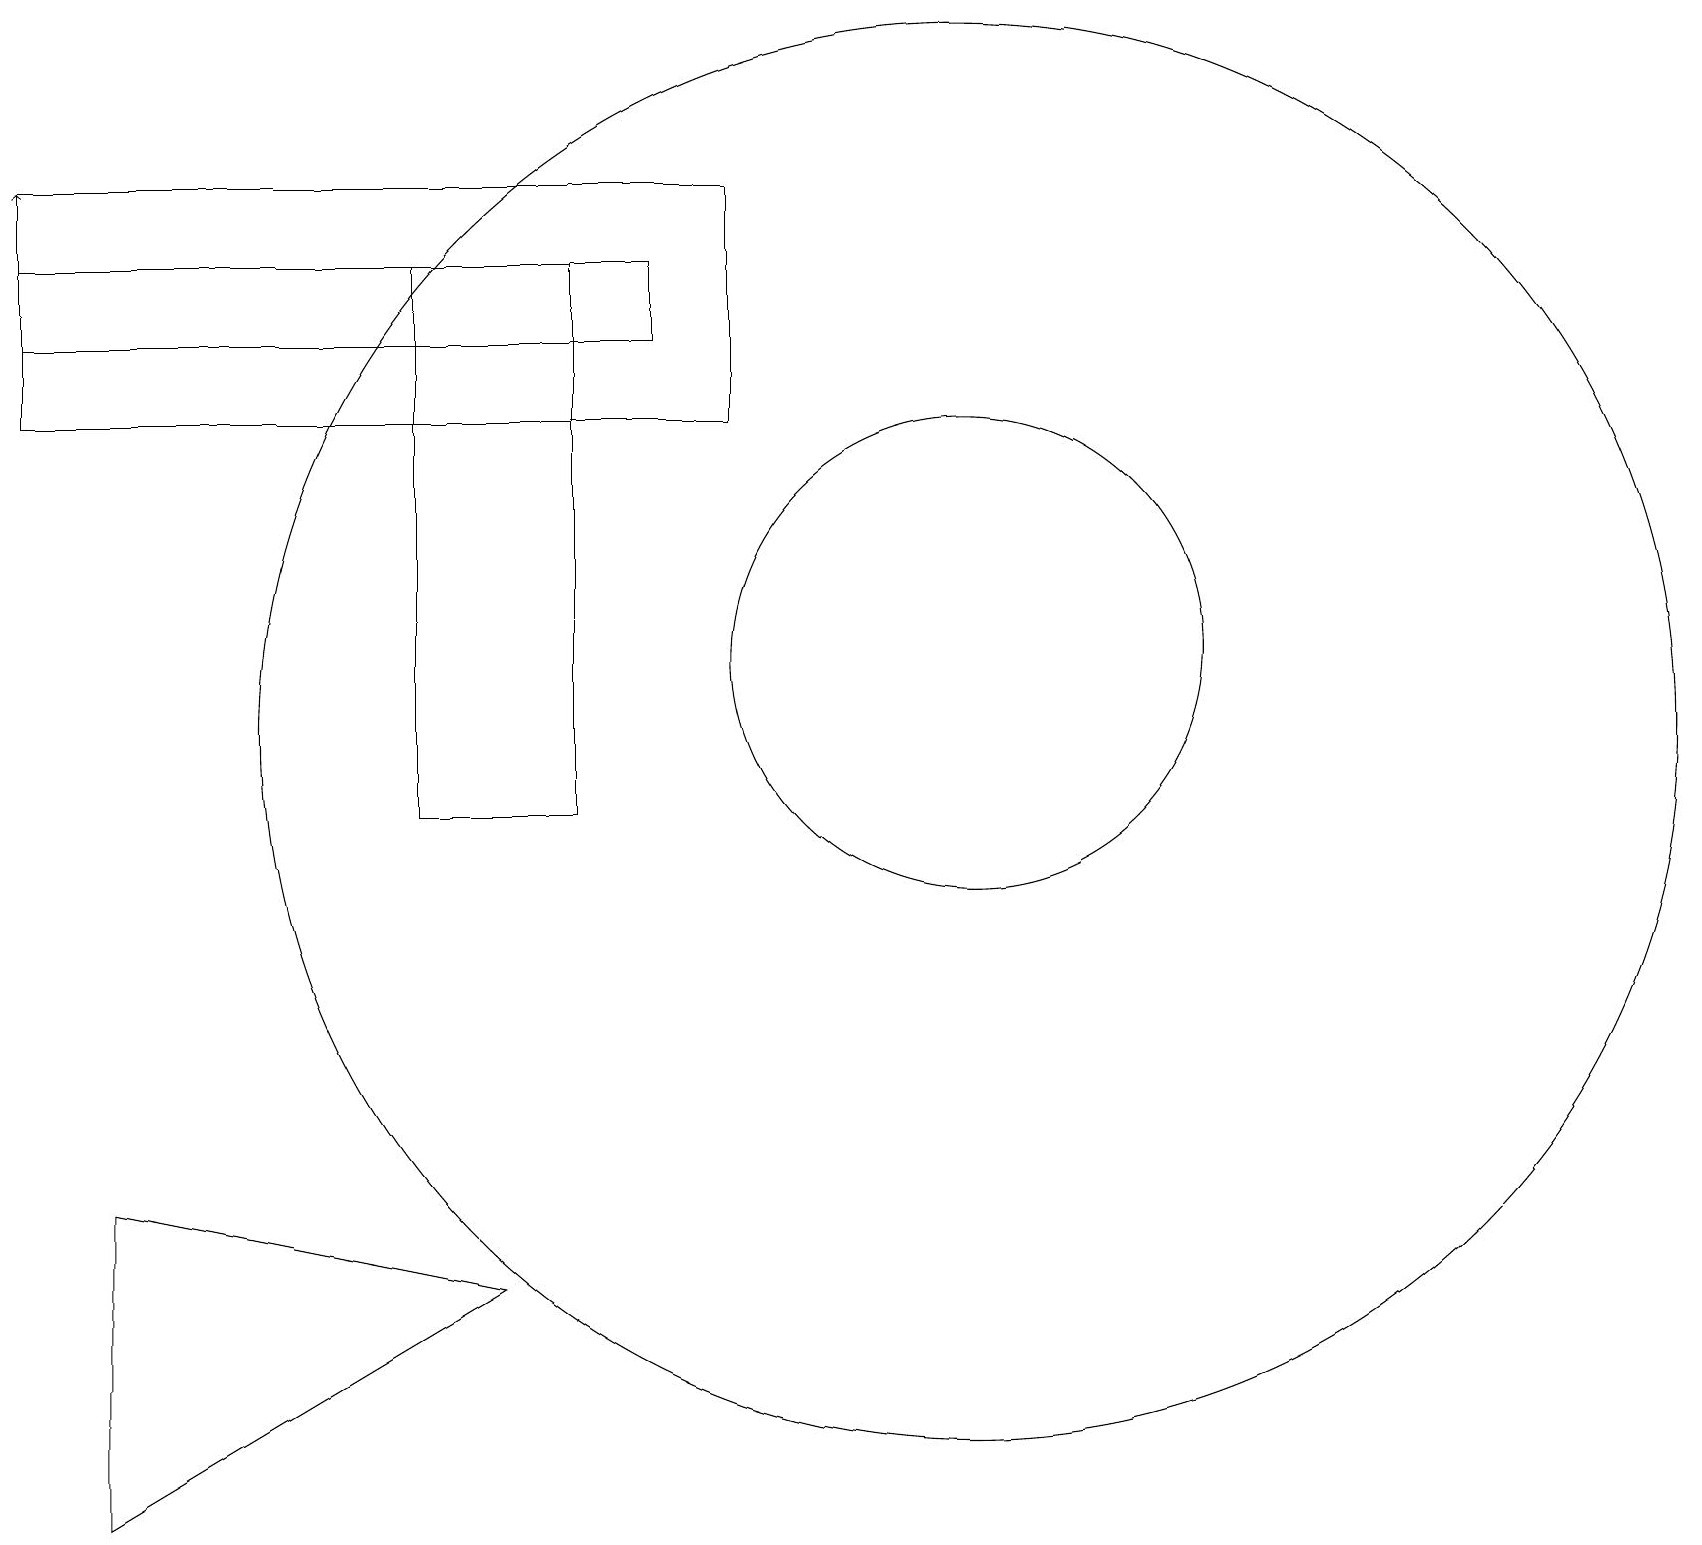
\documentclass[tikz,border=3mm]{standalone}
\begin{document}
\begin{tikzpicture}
\draw (12,11) circle (9);
\draw (8,16) rectangle (0,17);
\draw (6,4) -- (1,5) -- (1,1) -- cycle;
\draw (12,12) circle (3);
\draw (2,15) rectangle (6,15);
\draw[->] (0,17) -- (0,18);
\draw (7,17) rectangle (5,10);
\draw (0,18) rectangle (9,15);
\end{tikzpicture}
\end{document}